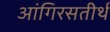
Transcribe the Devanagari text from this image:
आंगिरसतीर्थ